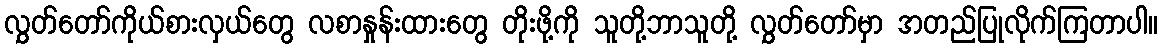
လွှတ်တော်ကိုယ်စားလှယ်တွေ လစာနှုန်းထားတွေ တိုးဖို့ကို သူတို့ဘာသူတို့ လွှတ်တော်မှာ အတည်ပြုလိုက်ကြတာပါ။